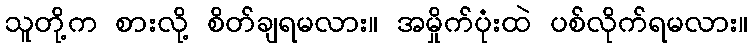
သူတို့က စားလို့ စိတ်ချရမလား။ အမှိုက်ပုံးထဲ ပစ်လိုက်ရမလား။